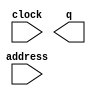
// megafunction wizard: %ROM: 1-PORT%VBB%
// GENERATION: STANDARD
// VERSION: WM1.0
// MODULE: altsyncram 

// ============================================================
// Megafunction Name(s):
// 			altsyncram
//
// Simulation Library Files(s):
// 			altera_mf
// ============================================================
// ************************************************************
// THIS IS A WIZARD-GENERATED FILE. DO NOT EDIT THIS FILE!
//
// 20.1.1 Build 720 11/11/2020 SJ Lite Edition
// ************************************************************

//Copyright (C) 2020  Intel Corporation. All rights reserved.
//Your use of Intel Corporation's design tools, logic functions 
//and other software and tools, and any partner logic 
//functions, and any output files from any of the foregoing 
//(including device programming or simulation files), and any 
//associated documentation or information are expressly subject 
//to the terms and conditions of the Intel Program License 
//Subscription Agreement, the Intel Quartus Prime License Agreement,
//the Intel FPGA IP License Agreement, or other applicable license
//agreement, including, without limitation, that your use is for
//the sole purpose of programming logic devices manufactured by
//Intel and sold by Intel or its authorized distributors.  Please
//refer to the applicable agreement for further details, at
//https://fpgasoftware.intel.com/eula.

module pic5 (
	address,
	clock,
	q);

	input	[11:0]  address;
	input	  clock;
	output	[1:0]  q;
`ifndef ALTERA_RESERVED_QIS
// synopsys translate_off
`endif
	tri1	  clock;
`ifndef ALTERA_RESERVED_QIS
// synopsys translate_on
`endif

endmodule

// ============================================================
// CNX file retrieval info
// ============================================================
// Retrieval info: PRIVATE: ADDRESSSTALL_A NUMERIC "0"
// Retrieval info: PRIVATE: AclrAddr NUMERIC "0"
// Retrieval info: PRIVATE: AclrByte NUMERIC "0"
// Retrieval info: PRIVATE: AclrOutput NUMERIC "0"
// Retrieval info: PRIVATE: BYTE_ENABLE NUMERIC "0"
// Retrieval info: PRIVATE: BYTE_SIZE NUMERIC "8"
// Retrieval info: PRIVATE: BlankMemory NUMERIC "0"
// Retrieval info: PRIVATE: CLOCK_ENABLE_INPUT_A NUMERIC "0"
// Retrieval info: PRIVATE: CLOCK_ENABLE_OUTPUT_A NUMERIC "0"
// Retrieval info: PRIVATE: Clken NUMERIC "0"
// Retrieval info: PRIVATE: IMPLEMENT_IN_LES NUMERIC "0"
// Retrieval info: PRIVATE: INIT_FILE_LAYOUT STRING "PORT_A"
// Retrieval info: PRIVATE: INIT_TO_SIM_X NUMERIC "0"
// Retrieval info: PRIVATE: INTENDED_DEVICE_FAMILY STRING "Cyclone IV E"
// Retrieval info: PRIVATE: JTAG_ENABLED NUMERIC "0"
// Retrieval info: PRIVATE: JTAG_ID STRING "NONE"
// Retrieval info: PRIVATE: MAXIMUM_DEPTH NUMERIC "0"
// Retrieval info: PRIVATE: MIFfilename STRING "./img2mif/mif/Newmif/pic5.mif"
// Retrieval info: PRIVATE: NUMWORDS_A NUMERIC "4096"
// Retrieval info: PRIVATE: RAM_BLOCK_TYPE NUMERIC "0"
// Retrieval info: PRIVATE: RegAddr NUMERIC "1"
// Retrieval info: PRIVATE: RegOutput NUMERIC "0"
// Retrieval info: PRIVATE: SYNTH_WRAPPER_GEN_POSTFIX STRING "0"
// Retrieval info: PRIVATE: SingleClock NUMERIC "1"
// Retrieval info: PRIVATE: UseDQRAM NUMERIC "0"
// Retrieval info: PRIVATE: WidthAddr NUMERIC "12"
// Retrieval info: PRIVATE: WidthData NUMERIC "2"
// Retrieval info: PRIVATE: rden NUMERIC "0"
// Retrieval info: LIBRARY: altera_mf altera_mf.altera_mf_components.all
// Retrieval info: CONSTANT: ADDRESS_ACLR_A STRING "NONE"
// Retrieval info: CONSTANT: CLOCK_ENABLE_INPUT_A STRING "BYPASS"
// Retrieval info: CONSTANT: CLOCK_ENABLE_OUTPUT_A STRING "BYPASS"
// Retrieval info: CONSTANT: INIT_FILE STRING "./img2mif/mif/Newmif/pic5.mif"
// Retrieval info: CONSTANT: INTENDED_DEVICE_FAMILY STRING "Cyclone IV E"
// Retrieval info: CONSTANT: LPM_HINT STRING "ENABLE_RUNTIME_MOD=NO"
// Retrieval info: CONSTANT: LPM_TYPE STRING "altsyncram"
// Retrieval info: CONSTANT: NUMWORDS_A NUMERIC "4096"
// Retrieval info: CONSTANT: OPERATION_MODE STRING "ROM"
// Retrieval info: CONSTANT: OUTDATA_ACLR_A STRING "NONE"
// Retrieval info: CONSTANT: OUTDATA_REG_A STRING "UNREGISTERED"
// Retrieval info: CONSTANT: WIDTHAD_A NUMERIC "12"
// Retrieval info: CONSTANT: WIDTH_A NUMERIC "2"
// Retrieval info: CONSTANT: WIDTH_BYTEENA_A NUMERIC "1"
// Retrieval info: USED_PORT: address 0 0 12 0 INPUT NODEFVAL "address[11..0]"
// Retrieval info: USED_PORT: clock 0 0 0 0 INPUT VCC "clock"
// Retrieval info: USED_PORT: q 0 0 2 0 OUTPUT NODEFVAL "q[1..0]"
// Retrieval info: CONNECT: @address_a 0 0 12 0 address 0 0 12 0
// Retrieval info: CONNECT: @clock0 0 0 0 0 clock 0 0 0 0
// Retrieval info: CONNECT: q 0 0 2 0 @q_a 0 0 2 0
// Retrieval info: GEN_FILE: TYPE_NORMAL pic5.v TRUE
// Retrieval info: GEN_FILE: TYPE_NORMAL pic5.inc FALSE
// Retrieval info: GEN_FILE: TYPE_NORMAL pic5.cmp FALSE
// Retrieval info: GEN_FILE: TYPE_NORMAL pic5.bsf FALSE
// Retrieval info: GEN_FILE: TYPE_NORMAL pic5_inst.v FALSE
// Retrieval info: GEN_FILE: TYPE_NORMAL pic5_bb.v TRUE
// Retrieval info: LIB_FILE: altera_mf